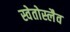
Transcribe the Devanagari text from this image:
स्वेतोस्लैव